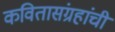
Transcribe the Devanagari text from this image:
कवितासंग्रहांची